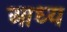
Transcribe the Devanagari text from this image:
आध्य